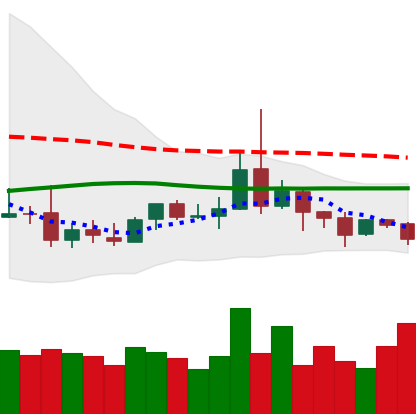
Ticker: DOGE-USD
Chart end date: 2019-08-13
Forward return: -3.611%
Label: down_3_5